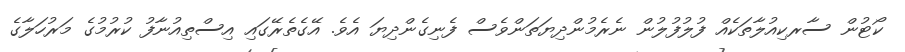
ކޯޓުން ސާރކިއުލާތަކެއް ފުލުފުލުން ނެރެމުންދިޔަތަންވެސް ފެނިގެންދިޔަ އެވެ. އޭގެތެރޭގައި އިސްތިއުނާފު ކުރުމުގެ މަރުހަލާގެ